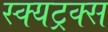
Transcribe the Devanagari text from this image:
स्क्यट्रक्स